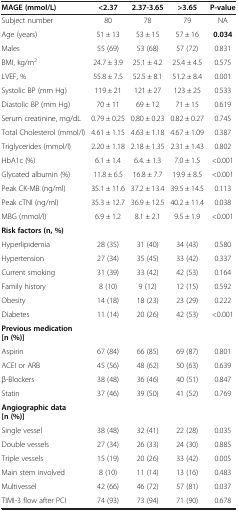
<table><thead><tr><td><b>MAGE (mmol/L)</b></td><td><b>&lt;2.37</b></td><td><b>2.37-3.65</b></td><td><b>&gt;3.65</b></td><td><b>P-value</b></td></tr></thead><tbody><tr><td>Subject number</td><td>80</td><td>78</td><td>79</td><td>NA</td></tr><tr><td>Age (years)</td><td>51 ± 13</td><td>53 ± 15</td><td>57 ± 16</td><td><b>0.034</b></td></tr><tr><td>Males</td><td>55 (69)</td><td>53 (68)</td><td>57 (72)</td><td>0.831</td></tr><tr><td>BMI, kg/m<sup>2</sup></td><td>24.7 ± 3.9</td><td>25.1 ± 4.2</td><td>25.4 ± 4.5</td><td>0.575</td></tr><tr><td>LVEF, %</td><td>55.8 ± 7.5</td><td>52.5 ± 8.1</td><td>51.2 ± 8.4</td><td>0.001</td></tr><tr><td>Systolic BP (mm Hg)</td><td>119 ± 21</td><td>121 ± 27</td><td>123 ± 25</td><td>0.533</td></tr><tr><td>Diastolic BP (mm Hg)</td><td>70 ± 11</td><td>69 ± 12</td><td>71 ± 15</td><td>0.619</td></tr><tr><td>Serum creatinine, mg/dL</td><td>0.79 ± 0.25</td><td>0.80 ± 0.23</td><td>0.82 ± 0.27</td><td>0.745</td></tr><tr><td>Total Cholesterol (mmol/l)</td><td>4.61 ± 1.15</td><td>4.63 ± 1.18</td><td>4.67 ± 1.09</td><td>0.387</td></tr><tr><td>Triglycerides (mmol/l)</td><td>2.20 ± 1.18</td><td>2.18 ± 1.35</td><td>2.31 ± 1.43</td><td>0.802</td></tr><tr><td>HbA1c (%)</td><td>6.1 ± 1.4</td><td>6.4. ± 1.3</td><td>7.0 ± 1.5</td><td>&lt;0.001</td></tr><tr><td>Glycated albumin (%)</td><td>11.8 ± 6.5</td><td>16.8 ± 7.7</td><td>19.9 ± 8.5</td><td>&lt;0.001</td></tr><tr><td>Peak CK-MB (ng/ml)</td><td>35.1 ± 11.6</td><td>37.2 ± 13.4</td><td>39.5 ± 14.5</td><td>0.113</td></tr><tr><td>Peak cTNI (ng/ml)</td><td>35.3 ± 12.7</td><td>36.9 ± 12.5</td><td>40.2 ± 11.4</td><td>0.038</td></tr><tr><td>MBG (mmol/l)</td><td>6.9 ± 1.2</td><td>8.1 ± 2.1</td><td>9.5 ± 1.9</td><td>&lt;0.001</td></tr><tr><td><b>Risk factors (n, %)</b></td><td> </td><td> </td><td> </td><td> </td></tr><tr><td>Hyperlipidemia </td><td>28 (35)</td><td>31 (40)</td><td>34 (43)</td><td>0.580</td></tr><tr><td>Hypertension</td><td>27 (34)</td><td>35 (45)</td><td>33 (42)</td><td>0.337</td></tr><tr><td>Current smoking</td><td>31 (39)</td><td>33 (42)</td><td>42 (53)</td><td>0.164</td></tr><tr><td>Family history</td><td>8 (10)</td><td>9 (12)</td><td>12 (15)</td><td>0.592</td></tr><tr><td>Obesity</td><td>14 (18)</td><td>18 (23)</td><td>23 (29)</td><td>0.222</td></tr><tr><td>Diabetes</td><td>11 (14)</td><td>20 (26)</td><td>42 (53)</td><td>&lt;0.001</td></tr><tr><td><b>Previous medication [n (%)]</b></td><td> </td><td> </td><td> </td><td> </td></tr><tr><td>Aspirin</td><td>67 (84)</td><td>66 (85)</td><td>69 (87)</td><td>0.801</td></tr><tr><td>ACEI or ARB</td><td>45 (56)</td><td>48 (62)</td><td>50 (63)</td><td>0.639</td></tr><tr><td>β-Blockers</td><td>38 (48)</td><td>36 (46)</td><td>40 (51)</td><td>0.847</td></tr><tr><td>Statin</td><td>37 (46)</td><td>39 (50)</td><td>41 (52)</td><td>0.769</td></tr><tr><td><b>Angiographic data [n (%)]</b></td><td> </td><td> </td><td> </td><td> </td></tr><tr><td>Single vessel</td><td>38 (48)</td><td>32 (41)</td><td>22 (28)</td><td>0.035</td></tr><tr><td>Double vessels</td><td>27 (34)</td><td>26 (33)</td><td>24 (30)</td><td>0.885</td></tr><tr><td>Triple vessels</td><td>15 (19)</td><td>20 (26)</td><td>33 (42)</td><td>0.005</td></tr><tr><td>Main stem involved</td><td>8 (10)</td><td>11 (14)</td><td>13 (16)</td><td>0.483</td></tr><tr><td>Multivessel</td><td>42 (66)</td><td>46 (72)</td><td>57 (81)</td><td>0.037</td></tr><tr><td>TIMI-3 flow after PCI</td><td>74 (93)</td><td>73 (94)</td><td>71 (90)</td><td>0.678</td></tr></tbody></table>